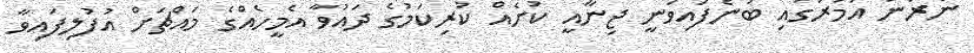
ނެރުނު އަމުރުގައި ބުނެފައިވަނީ ޖިނާއީ ކުށެއް ކުރިކަމުގެ ދައުވާ އެމީހެއްގެ މައްޗަށް އުފުލިފައިވާ